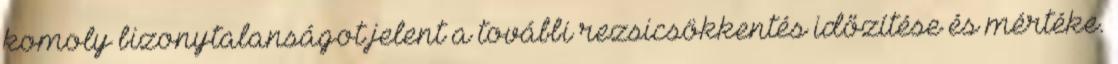
komoly bizonytalanságot jelent a további rezsicsökkentés időzítése és mértéke.